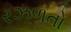
રઝળતો